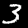
Digit: 3